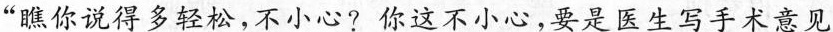
”瞧你说得多轻松，不小心?你这不小心，要是医生写手术意见